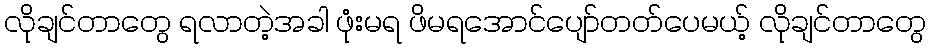
လိုချင်တာတွေ ရလာတဲ့အခါ ဖုံးမရ ဖိမရအောင်ပျော်တတ်ပေမယ့် လိုချင်တာတွေ